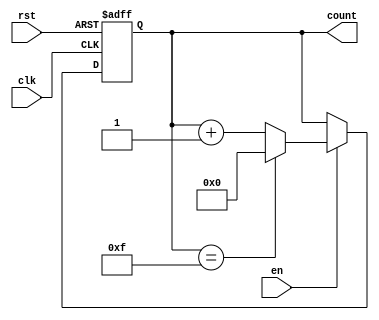
module MemoryBlocksUpCounter #(
    parameter INITIAL_VALUE = 4'b0000, // default initial value
    parameter MAX_VALUE = 4'b1111       // default max value (15 for a 4-bit counter)
)(
    input wire clk,                      // Clock signal
    input wire rst,                      // Asynchronous reset signal
    input wire en,                       // Enable signal
    output reg [3:0] count               // 4-bit output for current count value
);

    // Always block for synchronous operations
    always @(posedge clk or posedge rst) begin
        if (rst) begin
            count <= INITIAL_VALUE;      // Reset to initial value
        end else if (en) begin
            // Increment the count value
            if (count == MAX_VALUE) begin
                count <= INITIAL_VALUE;  // Wrap around if max value is reached
            end else begin
                count <= count + 1;      // Increment the count
            end
        end
    end

endmodule